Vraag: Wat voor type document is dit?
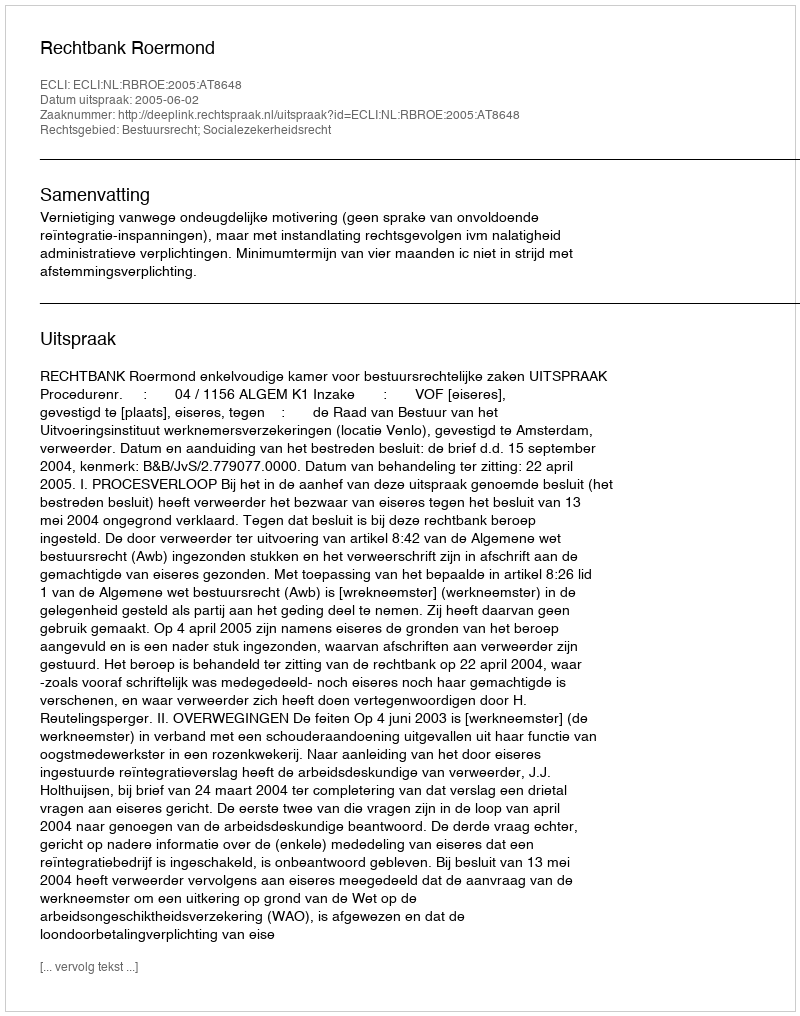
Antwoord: Uitspraak